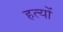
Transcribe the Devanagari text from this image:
हत्यों